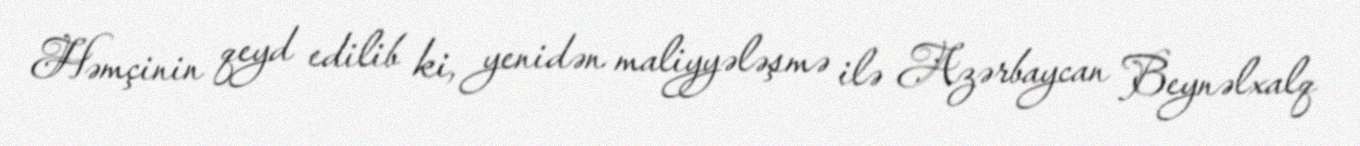
Həmçinin qeyd edilib ki, yenidən maliyyələşmə ilə Azərbaycan Beynəlxalq